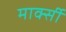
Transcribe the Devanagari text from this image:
मार्क्सी